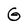
Character: G